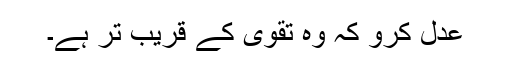
عدل کرو کہ وہ تقویٰ کے قریب تر ہے۔